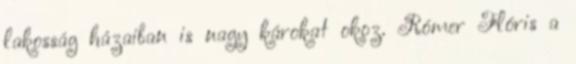
lakosság házaiban is nagy károkat okoz. Rómer Flóris a